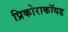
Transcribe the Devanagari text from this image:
प्रिकोराकॉयड